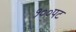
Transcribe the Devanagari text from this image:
१००पट